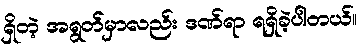
ရှိတဲ့ အရွတ်မှာလည်း ဒဏ်ရာ ရရှိခဲ့ပါတယ်။